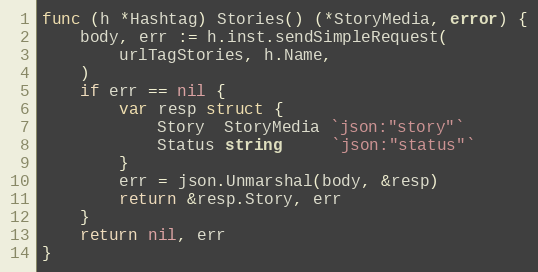
Language: Go
func (h *Hashtag) Stories() (*StoryMedia, error) {
	body, err := h.inst.sendSimpleRequest(
		urlTagStories, h.Name,
	)
	if err == nil {
		var resp struct {
			Story  StoryMedia `json:"story"`
			Status string     `json:"status"`
		}
		err = json.Unmarshal(body, &resp)
		return &resp.Story, err
	}
	return nil, err
}